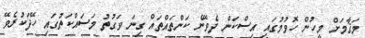
މަޤާމަށް މީހުން ހޮވުމުގައި އިސްކަން ދެވޭނެ ކަންތައްތައް ގިނަ ވަގުތު މަސައްކަތުގައި ހޭދަކުރެވޭ